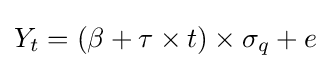
Y_{t}=(\beta +\tau \times t)\times \sigma _{q}+e